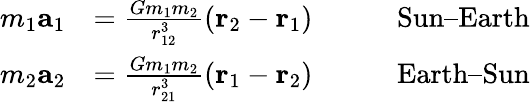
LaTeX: {\begin{array}{rlrl}{m_{1}\mathbf{a}_{1}}&{={\frac{Gm_{1}m_{2}}{r_{12}^{3}}}(\mathbf{r}_{2}-\mathbf{r}_{1})}&&{\quad{\mathrm{Sun–Earth}}}\\ {m_{2}\mathbf{a}_{2}}&{={\frac{Gm_{1}m_{2}}{r_{21}^{3}}}(\mathbf{r}_{1}-\mathbf{r}_{2})}&&{\quad{\mathrm{Earth–Sun}}}\end{array}}